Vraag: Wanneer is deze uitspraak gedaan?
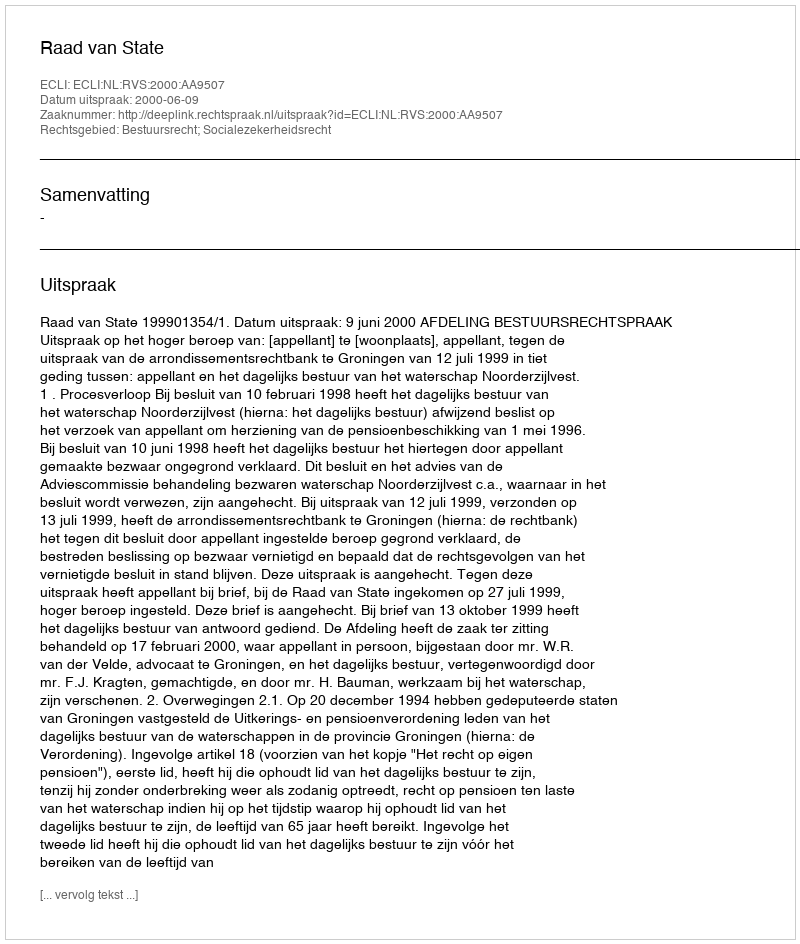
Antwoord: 2000-06-09